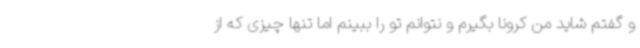
و گفتم شاید من کرونا بگیرم و نتوانم تو را ببینم اما تنها چیزی که از